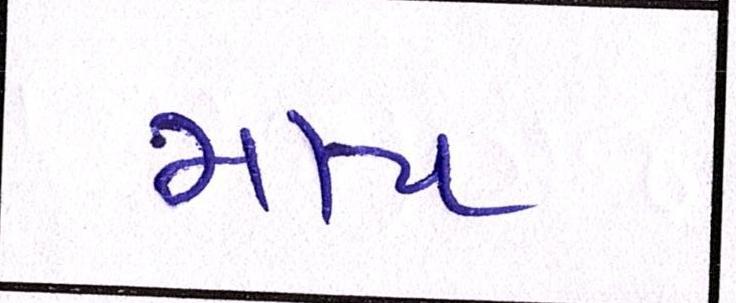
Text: માય